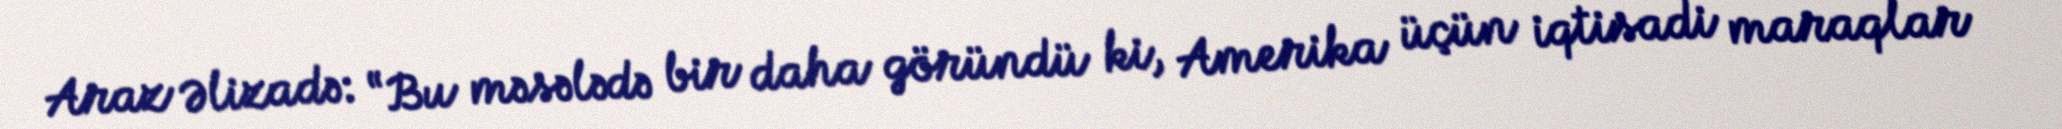
Araz Əlizadə: “Bu məsələdə bir daha göründü ki, Amerika üçün iqtisadi maraqlar